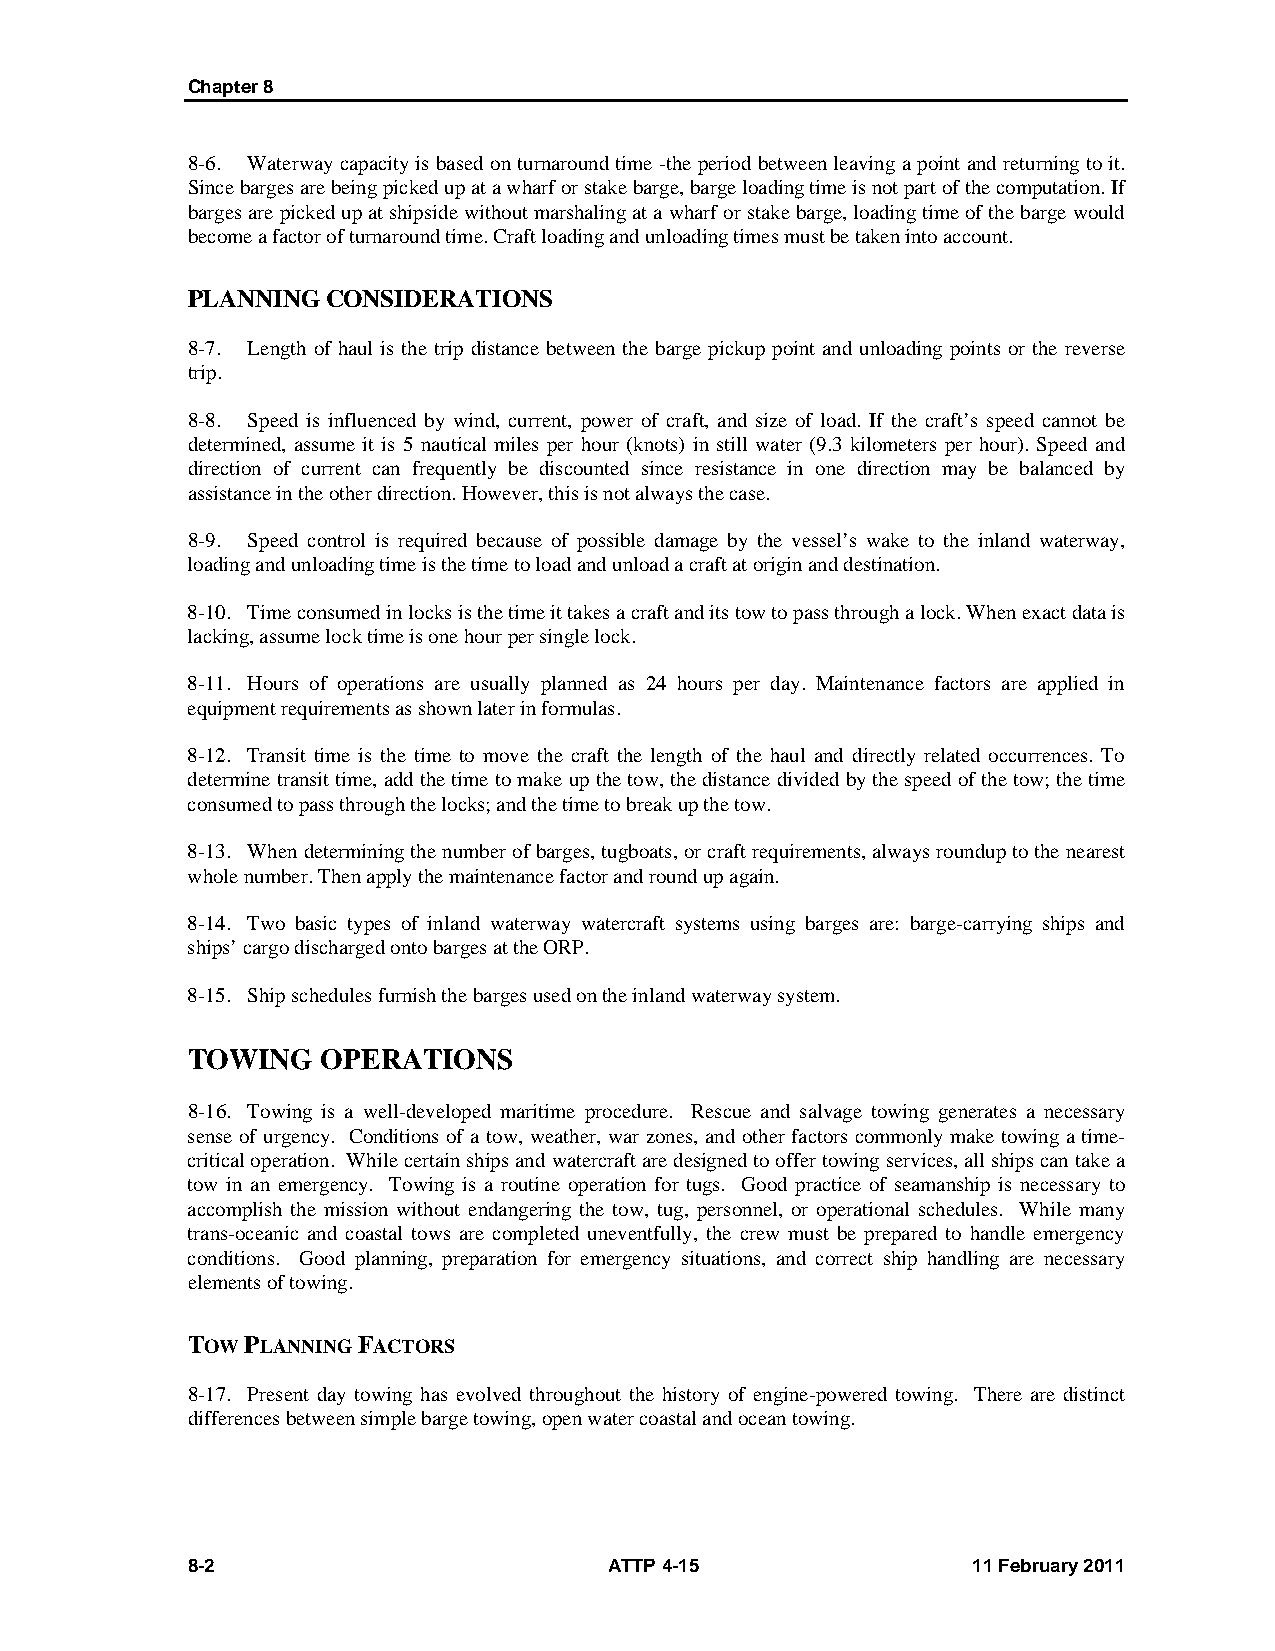
Chapter 8
 8-6. Waterway capacity is based on turnaround time -the period between leaving a point and returning to it.
 Since barges are being picked up at a wharf or stake barge, barge loading time is not part of the computation. If
 barges are picked up at shipside without marshaling at a wharf or stake barge, loading time of the barge would
 become a factor of turnaround time. Craft loading and unloading times must be taken into account.
 PLANNING  CONSIDERATIONS
 8-7. Length of haul is the trip distance between the barge pickup point and unloading points or the reverse
 trip.
 8-8. Speed is influenced by wind, current, power of craft, and size of load. If the craft’s speed cannot be
 determined, assume it is 5 nautical miles per hour (knots) in still water (9.3 kilometers per hour). Speed and
 direction of current can frequently be discounted since resistance in one direction may be balanced by
 assistance in the other direction. However, this is not always the case.
 8-9. Speed control is required because of possible damage by the vessel’s wake to the inland waterway,
 loading and unloading time is the time to load and unload a craft at origin and destination.
 8-10. Time consumed in locks is the time it takes a craft and its tow to pass through a lock. When exact data is
 lacking, assume lock time is one hour per single lock.
 8-11. Hours of operations are usually planned as 24 hours per day. Maintenance factors are applied in
 equipment requirements as shown later in formulas.
 8-12. Transit time is the time to move the craft the length of the haul and directly related occurrences. To
 determine transit time, add the time to make up the tow, the distance divided by the speed of the tow; the time
 consumed to pass through the locks; and the time to break up the tow.
 8-13. When determining the number of barges, tugboats, or craft requirements, always roundup to the nearest
 whole number. Then apply the maintenance factor and round up again.
 8-14. Two basic types of inland waterway watercraft systems using barges are: barge-carrying ships and
 ships’ cargo discharged onto barges at the ORP.
 8-15. Ship schedules furnish the barges used on the inland waterway system.
 TOWING   OPERATIONS
 8-16. Towing is a well-developed maritime procedure. Rescue and salvage towing generates a necessary
 sense of urgency. Conditions of a tow, weather, war zones, and other factors commonly make towing a time-
 critical operation. While certain ships and watercraft are designed to offer towing services, all ships can take a
 tow in an emergency. Towing is a routine operation for tugs. Good practice of seamanship is necessary to
 accomplish the mission without endangering the tow, tug, personnel, or operational schedules. While many
 trans-oceanic and coastal tows are completed uneventfully, the crew must be prepared to handle emergency
 conditions. Good planning, preparation for emergency situations, and correct ship handling are necessary
 elements of towing.
 TOW PLANNING FACTORS
 8-17. Present day towing has evolved throughout the history of engine-powered towing. There are distinct
 differences between simple barge towing, open water coastal and ocean towing.
 8-2                         ATTP 4-15               11 February 2011